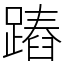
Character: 蹖